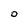
Character: 0